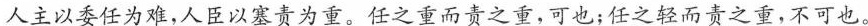
人主以委任为难，人臣以塞责为重。任之重而责之重，可也；任之轻而责之重，不可也。